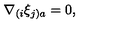
\nabla _ { ( i } \xi _ { j ) a } = 0 ,